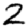
Digit: 2